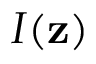
I ( \mathbf { z } )